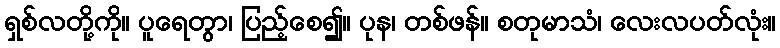
ရှစ်လတို့ကို။ ပူရေတွာ၊ ပြည့်စေ၍။ ပုန၊ တစ်ဖန်။ စတုမာသံ၊ လေးလပတ်လုံး။